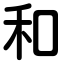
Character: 和